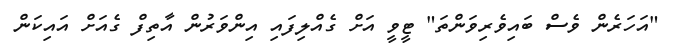
"އަހަރެން ވެސް ބައިވެރިވަންތަ" ޓީވީ އަށް ގެއްލިފައި އިންވަރުން އާތިފް ގެއަށް އައިކަން